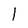
Character: I